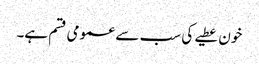
خون عطیے کی سب سے عمومی قسم ہے۔